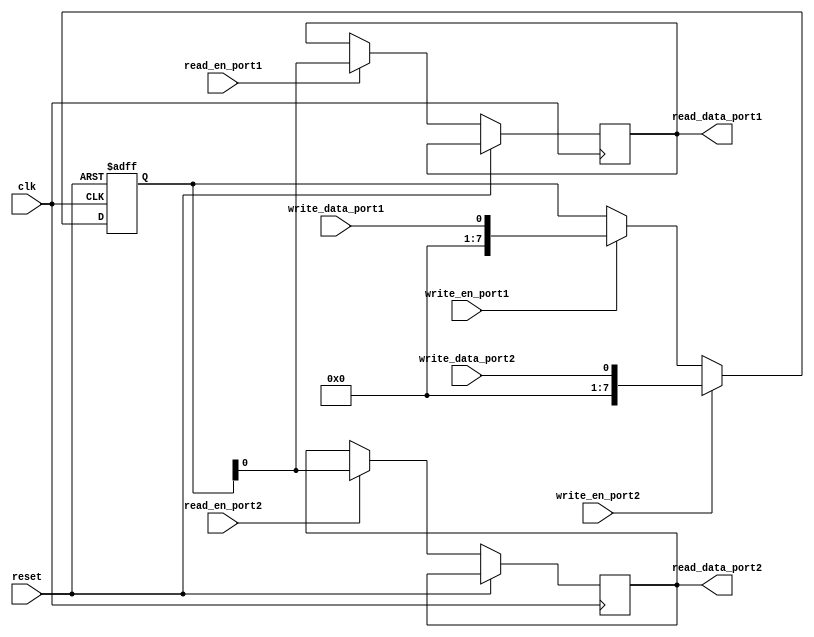
module Dual_port_register (
    input wire clk,
    input wire reset,
    input wire write_en_port1,
    input wire write_data_port1,
    input wire read_en_port1,
    output reg read_data_port1,
    input wire write_en_port2,
    input wire write_data_port2,
    input wire read_en_port2,
    output reg read_data_port2
    );

    reg [7:0] reg_data;

    always @(posedge clk or posedge reset) begin
        if (reset) begin
            reg_data <= 8'b0;
        end else begin
            if (write_en_port1) begin
                reg_data <= write_data_port1;
            end
            if (read_en_port1) begin
                read_data_port1 <= reg_data;
            end
            if (write_en_port2) begin
                reg_data <= write_data_port2;
            end
            if (read_en_port2) begin
                read_data_port2 <= reg_data;
            end
        end
    end

endmodule